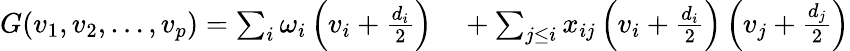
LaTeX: \begin{array}{rl}{G(v_{1},v_{2},\ldots,v_{p})=\sum_{i}\omega_{i}\left(v_{i}+\frac{d_{i}}{2}\right)}&{{}+\sum_{j\leq i}x_{ij}\left(v_{i}+\frac{d_{i}}{2}\right)\left(v_{j}+\frac{d_{j}}{2}\right)}\end{array}